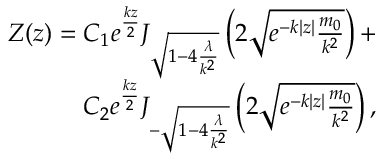
\begin{array} { r } { Z ( z ) = C _ { 1 } e ^ { \frac { k z } { 2 } } J _ { \sqrt { 1 - 4 \frac { \lambda } { k ^ { 2 } } } } \left( 2 \sqrt { e ^ { - k | z | } \frac { { m _ { 0 } } } { k ^ { 2 } } } \right) + } \\ { C _ { 2 } e ^ { \frac { k z } { 2 } } J _ { - \sqrt { 1 - 4 \frac { \lambda } { k ^ { 2 } } } } \left( 2 \sqrt { e ^ { - k | z | } \frac { { m _ { 0 } } } { k ^ { 2 } } } \right) , } \end{array}